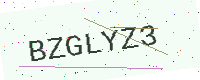
Text: BZGLYZ3